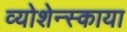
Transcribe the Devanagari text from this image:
व्योशेन्स्काया